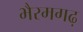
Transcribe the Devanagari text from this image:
भैरमगढ़